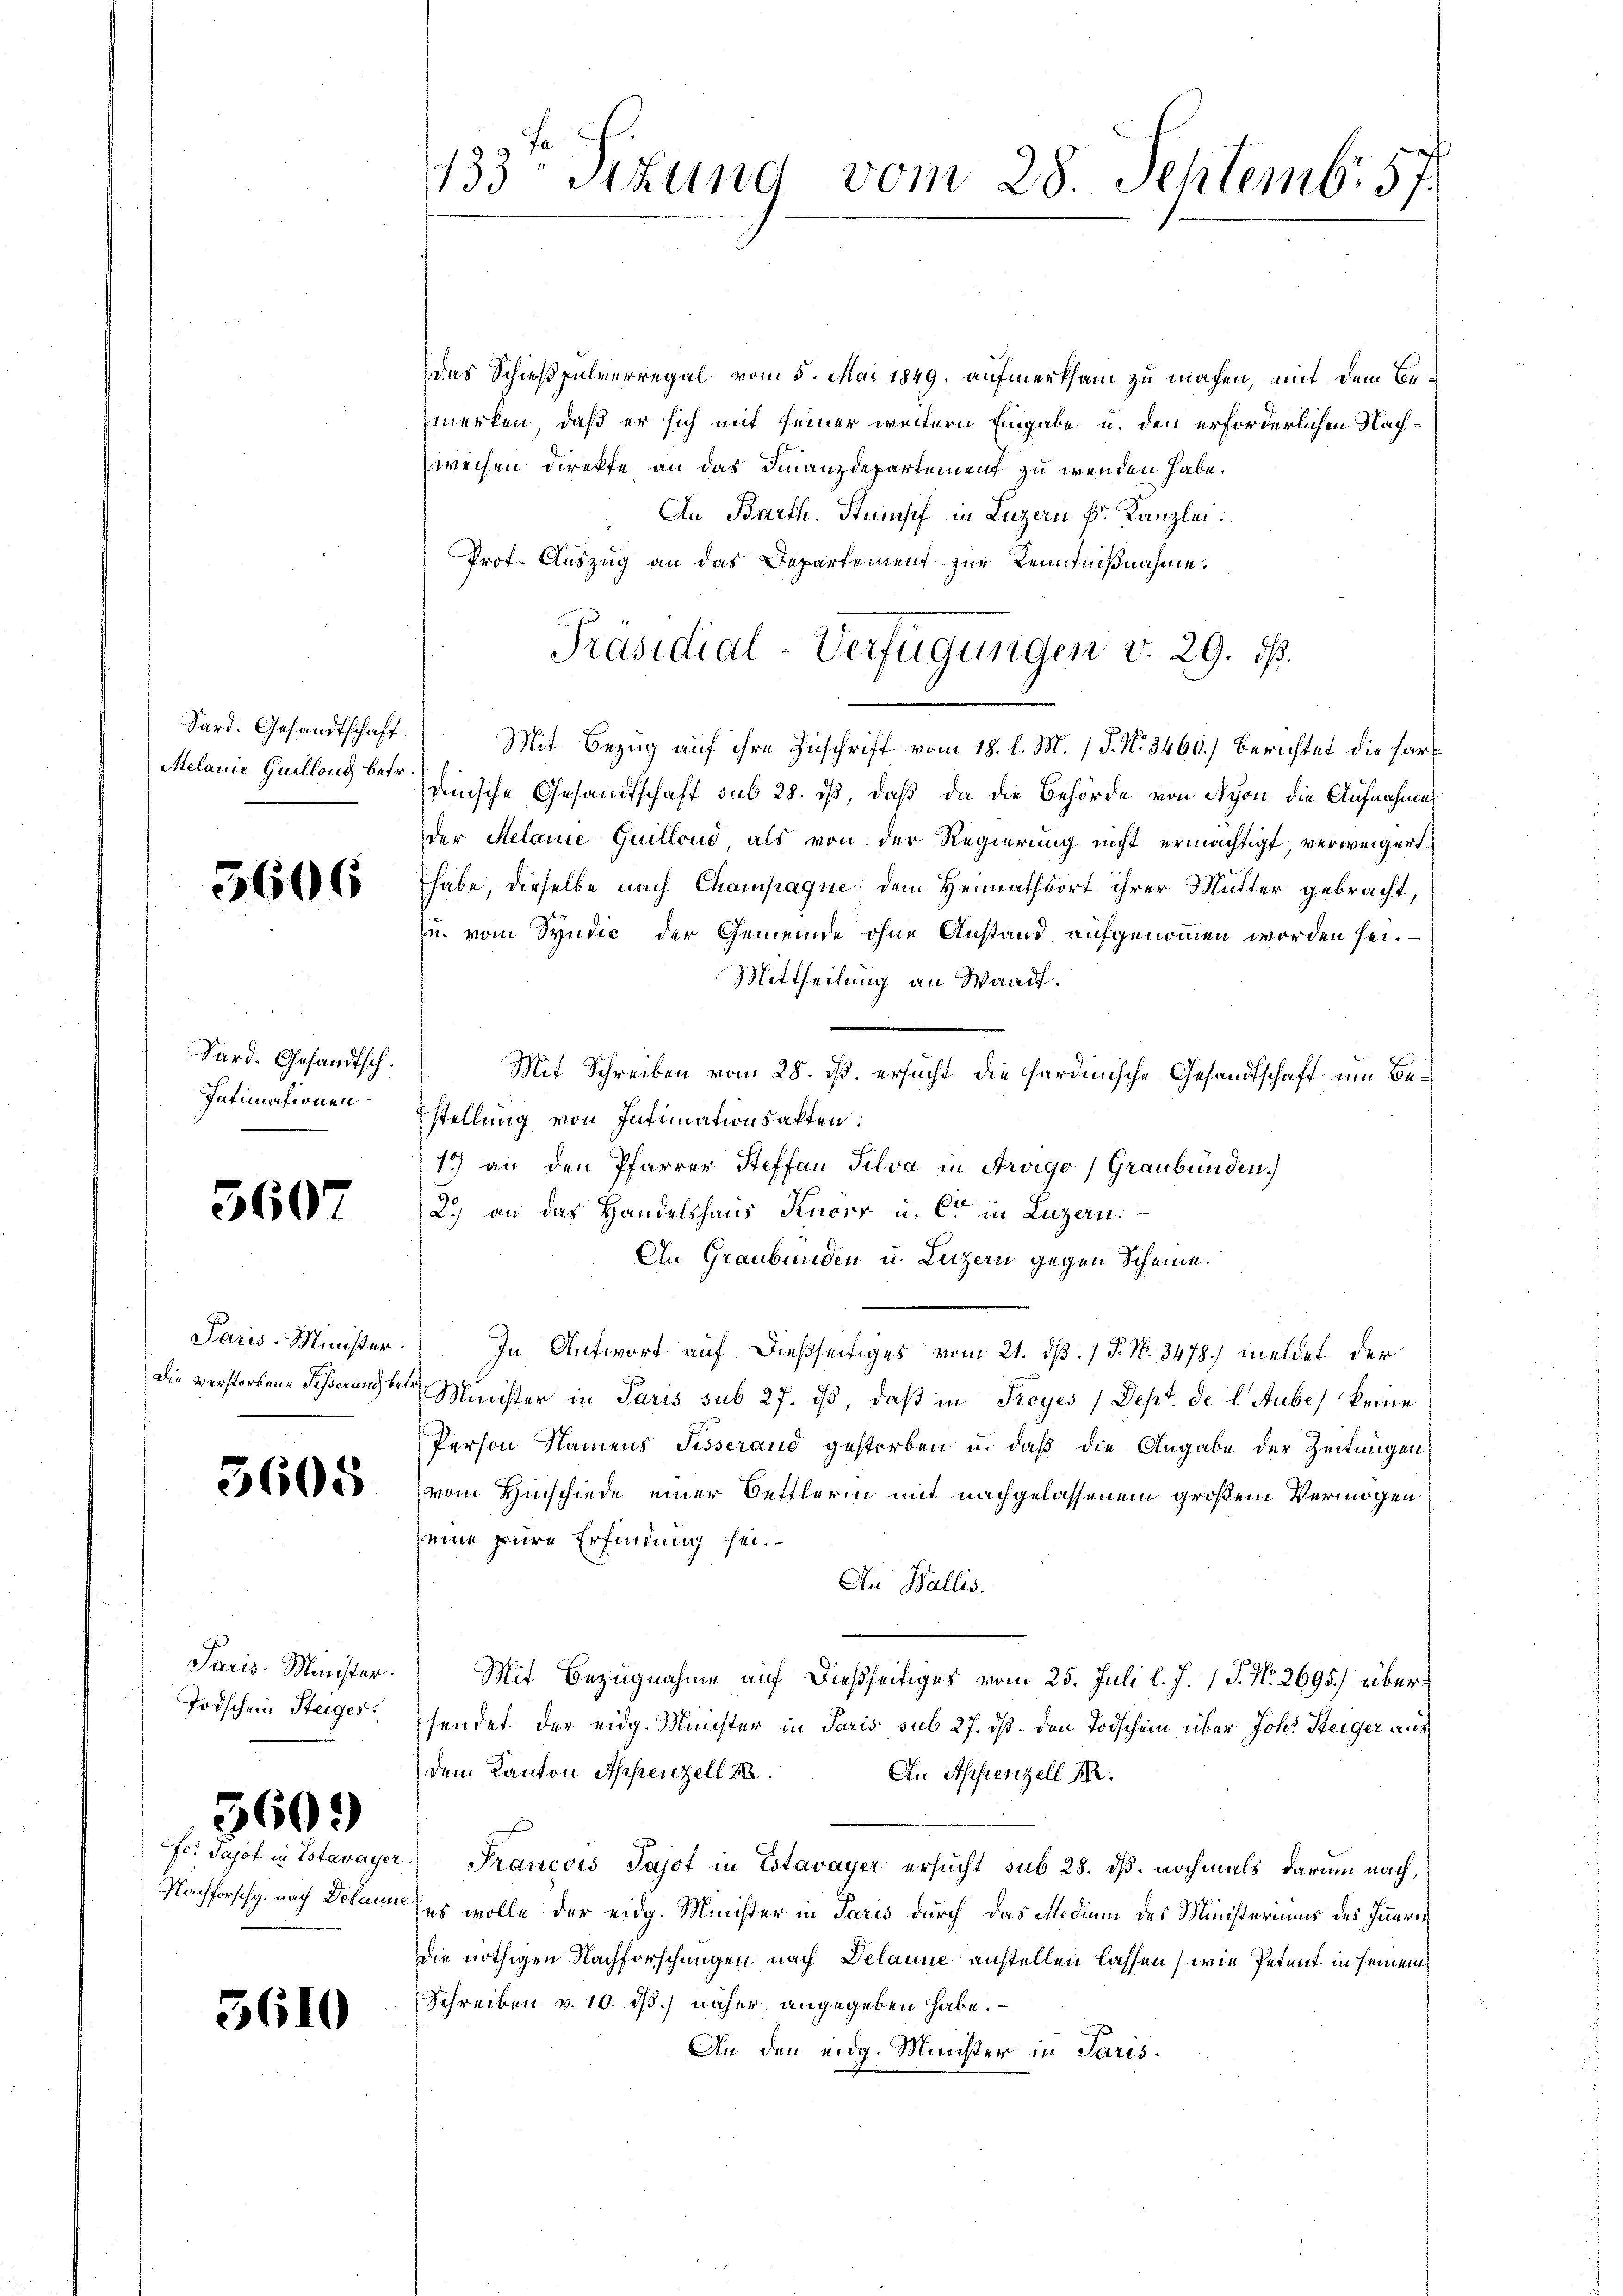
Sard. Gesandtschaft.
Melanie Guillong betr.

5606

Dard. Gesandtsch.
Intimationen.

3607

Paris-Minister.
Die verstorbene Fesserang bet

5605

Paris Minister.
Todschein Steiger.

560.

fe. Jajof in Estavayer
Nachforschg. nach Delaun

3610

133 sizung vom 28. Septemb. 57.

Das Schießpulverregal vom 5. Mai 1849 aufmerksam zu machen, mit dem Bezmerken, daß er sich mit seiner weitern Eingabe u. den erforderlichen Nachweisen Direkte an das Finanzdepartement zu wenden habe.
An Barth. Stumpf in Luzern k. Kanzlei.
Prof. Auszug an das Departement zur Kenntnißnahme.
Mit Bezug auf ihre Zuschrift vom 18. l. M. P. N. 3460.) Berichtet die hardnische Gesandtschaft sub 28. ist, daß da die Behörde von Nyon die Aufnahme
der Melane Guillend als von der Regierung nicht ermächtigt verweigert
habe, dieselbe nach Champaque dem Heimathsort ihrer Mutter gebracht,
u. vom Syndić der Gemeinde ohne Anstand aufgenommen worden sei.
Mittheilung an Waadt.
Mit Schreiben vom 28. ist. ersucht die hardinische Gesandtschaft um Bestellung von Intimationsakten:
at
15) an den Pfarrer Steffan Silva in Arago, Graubünden.)
2.) an das Handelshaus Kuoir u. Co in Luzern.
An Graubünden u. Luzern gegen Scheine.
In Antwort auf dießseitiges vom 21. dß. / P. N. 3478) meldet der
Minister in Paris sub 27. dβ, daß in Troyes /Dept. de l. Aube, keine
Person Namens Tisserand gestorben u. daß die Angabe der Zeitungen
vom Hinschiede einer Oettlerin mit nachgelassenem großem Vermögen
seine pure Erfindung sei.
An Wallis.
Mit Bezugnahme auf dießseitiges vom 25. Juli l. J. J. No. 2695) übersendet der eidg. Münster in Paris sub 27. dß den Todschein über Joh. Steiger aus
dem Kanton Appenzell 28. An Appenzell M.
Kancois Sajot in Estavayer ersucht sub 28. dß. nochmals darum nach,
es wolle der eidg. Minister in Paris durch das Medium des Ministeriums des Innern
die nöthigen Nachforschungen nach Delaune anstellen lassen, wie Petent in seinem
Schreiben v. 10. dß.) näher angegeben habe.
An den eidg. Minister in Paris.

Präsidial-Verfügungen v. 29. d.